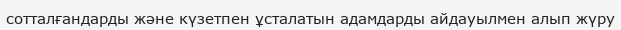
сотталғандарды және күзетпен ұсталатын адамдарды айдауылмен алып жүру